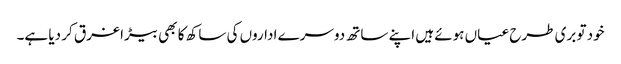
خود تو بری طرح عیاں ہوئے ہیں اپنے ساتھ دوسرے اداروں کی ساکھ کا بھی بیڑا غرق کر دیا ہے۔